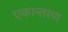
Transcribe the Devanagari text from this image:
एकान्तरण